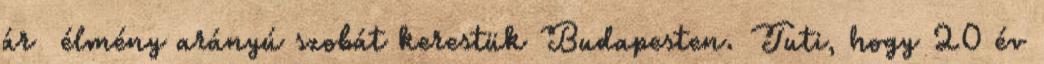
ár élmény arányú szobát kerestük Budapesten. Tuti, hogy 20 év